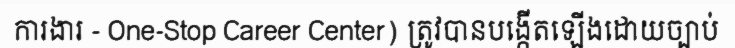
ការងារ - One-Stop Career Center) ត្រូវបានបង្កើតឡើងដោយច្បាប់